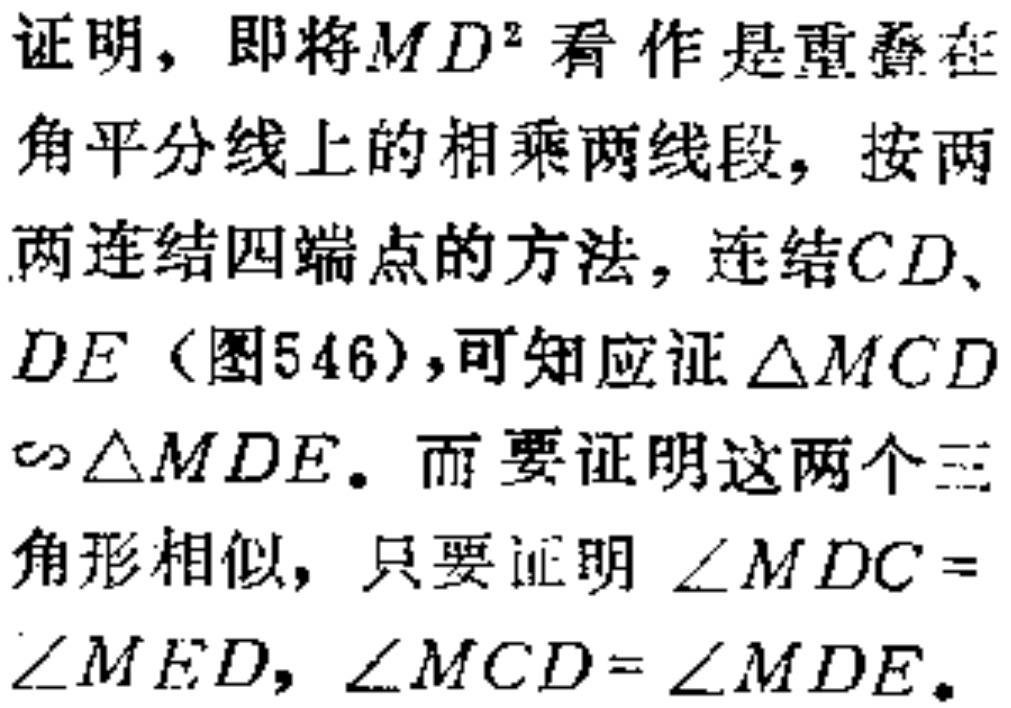
证明，即将\(MD^{2}\)看作是重叠在角平分线上的相乘两线段，按两两连结四端点的方法，连结\(CD\)、\(DE\)（图546），可知应证\(\triangle MCD\sim\triangle MDE\)。而要证明这两个三角形相似，只要证明\(\angle MDC = \angle MED\)，\(\angle MCD = \angle MDE\)。